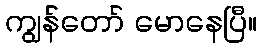
ကျွန်တော် မောနေပြီ။